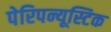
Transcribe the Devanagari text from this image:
पेरिपन्यूस्टिक